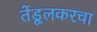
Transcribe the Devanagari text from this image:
तेंडूलकरचा